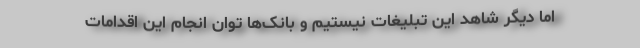
اما دیگر شاهد این تبلیغات نیستیم و بانک‌ها توان انجام این اقدامات